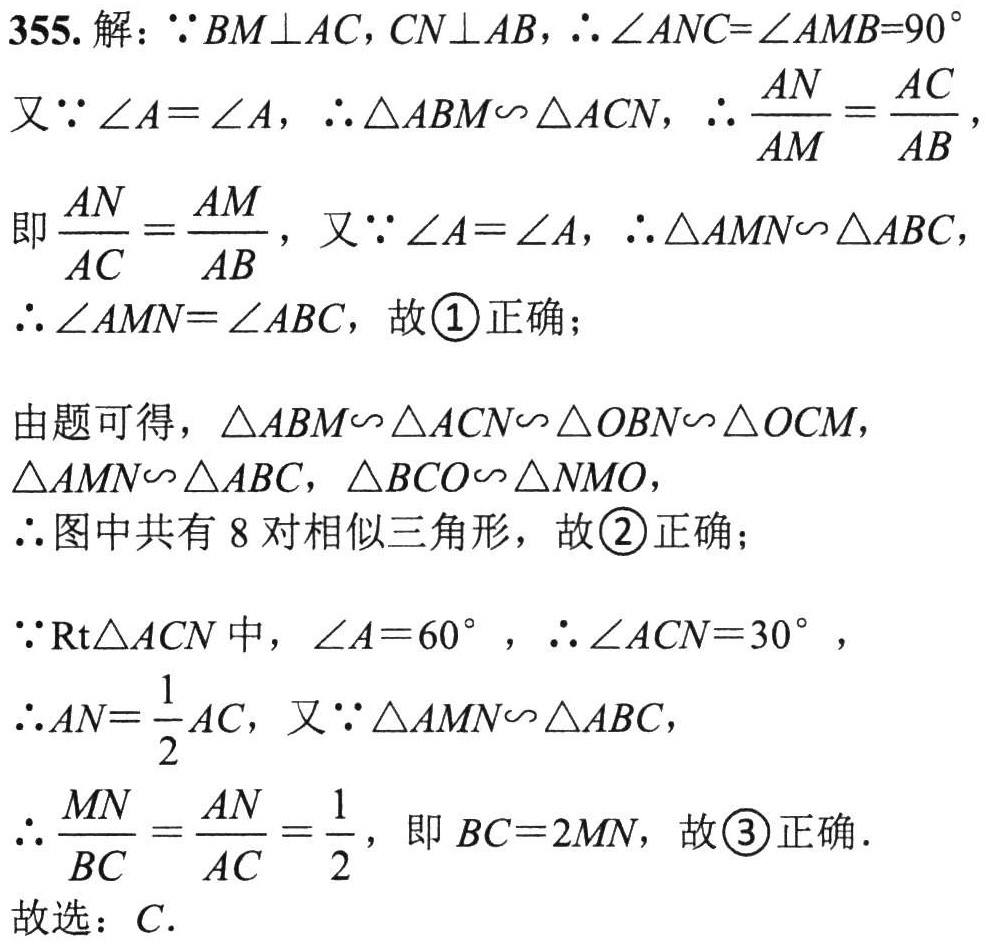
355. 解：\(\because BM\perp AC, CN\perp AB, \therefore \angle ANC = \angle AMB = 90^{\circ}\)

又\(\because \angle A=\angle A, \therefore \triangle ABM\sim\triangle ACN, \therefore \frac{AN}{AM}=\frac{AC}{AB}\)，

即\(\frac{AN}{AC}=\frac{AM}{AB}\)，又\(\because \angle A=\angle A, \therefore \triangle AMN\sim\triangle ABC\)，

\(\therefore \angle AMN=\angle ABC\)，故\(\textcircled{1}\)正确；

由题可得，\(\triangle ABM\sim\triangle ACN\sim\triangle OBN\sim\triangle OCM\)，

\(\triangle AMN\sim\triangle ABC\)，\(\triangle BCO\sim\triangle NMO\)，

\(\therefore\)图中共有 \(8\) 对相似三角形，故\(\textcircled{2}\)正确；

\(\because \text{Rt}\triangle ACN\)中，\(\angle A = 60^{\circ}\)，\(\therefore \angle ACN = 30^{\circ}\)，

\(\therefore AN=\frac{1}{2}AC\)，又\(\because \triangle AMN\sim\triangle ABC\)，

\(\therefore \frac{MN}{BC}=\frac{AN}{AC}=\frac{1}{2}\)，即\(BC = 2MN\)，故\(\textcircled{3}\)正确．

故选：\(C\)．